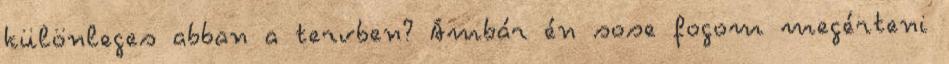
különleges abban a tervben? Ámbár én sose fogom megérteni